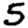
Digit: 5